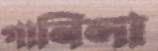
গানিলা